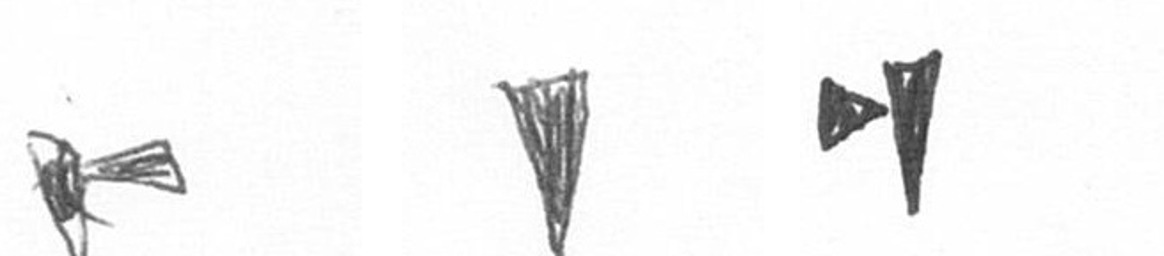
F J M